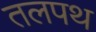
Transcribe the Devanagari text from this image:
तलपथ